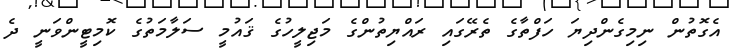
އެގޮތުން ނިމިގެންދިޔަ ހަފްތާގެ ތެރޭގައި ރައްޔިތުންގެ މަޖިލީހުގެ ޤައުމީ ސަލާމަތުގެ ކޮމިޓީންވަނީ ދެ